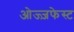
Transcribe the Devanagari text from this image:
ओज्ज़फेस्ट